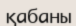
қабаны